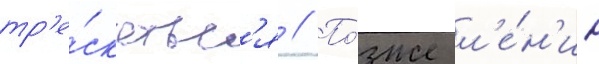
тр'е́скатьс'я // По́зже л'е́н'ин